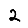
Digit: 2